Report of the Hyderabad Chloroform Commission
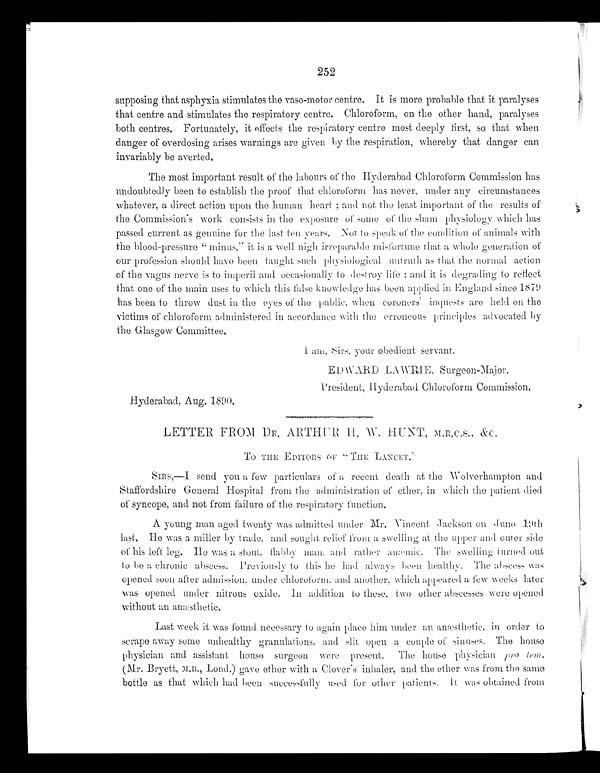
252
supposing that asphyxia stimulates the vase-motor centre. It is more probable that it paralyses
that centre and stimulates the respiratory centre. Chloroform, on the other hand, paralyses
both centres. Fortunately, it effects the respiratory centre most deeply first, so that when
danger of overdosing arises warnings are given by the respiration, whereby that danger can
invariably be averted.
The most important result of the labours of the Hyderabad Chloroform Commission has
undoubtedly been to establish the proof that chloroform has never, under any circumstances
whatever, a direct action upon the human heart; and not the least important of the results of
the Commission's work consists in the exposure of some of the sham physiology which has
passed current as genuine for the last te
n ten years. Not to speak of the condition of animals with
the blood-pressure "minus," it is a well nigh irreparable misfortune that a whole generation of
our profession should have been taught such physiological untruths as that the normal action
of the vagus nerve is to imperil and occasionally to destroy life; and it is degrading to reflect
that one of the main uses to which this false knowledge has been applied in England since 1879
has been to throw dust in the eyes of the public, when coroners' inquests are held on the
victims of chloroform administered in accordance with the erroneous principle advocated by
the Glasgow Committee.
President, Hyderabad Chloroform Commission,
Hyderabad, Aug. 1890.
L E T T E R F R O M D R . A R T H U R H . W .
HUNT, M.R.C.S., &C.
TO THE EDITORS OF "THE LANCET"
SIRS,—I send you a few particulars of a recent death at the Wolverhampton and
Staffordshire General Hospital from the administration of ether, in which the patient died
of syncope, and not from failure of the respiratory function.
A young man aged twenty was admitted under Mr. Vincent Jackson on June
19th last. He was a miller by trade, and sought relief from a swelling at the upper and outer side
of his left leg. He was a stout, flabby man, and rather anæmic. The swelling turned out
to be a chronic abscess. Previously to this he had always been healthy. The abscess was
opened soon after admission, under chloroform, and another, which appeared a few weeks later
was opened under nitrous oxide. In addition to these, two other abscesses were opened
without an anæsthetic.
Last week it was found necessary to again place him under an anæsthetic, in order to
scrape away some unhealthy granulations, and slit open a couple of sinuses. The house
physician and assistant house surgeon were present. The house physician pro lem.
(Mr. Bryett, M.B., Lond.) gave ether with a Clover's inhaler, and the ether was from the same
bottle as that which had been successfully used for other patients. It was obtained from